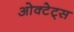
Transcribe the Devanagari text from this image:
ओक्टेट्स